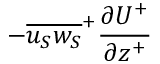
- { { \overline { { { u _ { S } } { w _ { S } } } } } ^ { + } } { \frac { { \partial } U ^ { + } } { { \partial } z ^ { + } } }